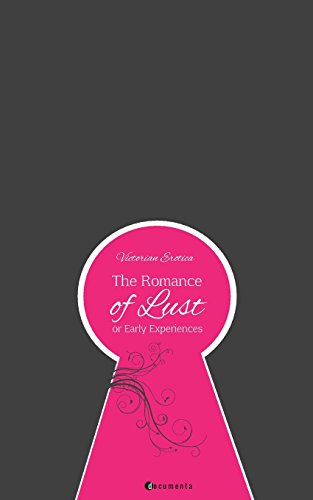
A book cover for The Romance of Lust or Early Experiences; Anonymous Work; Romance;